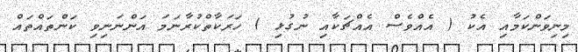
މިނިވަންކަމާއި އެކު ( އެއްވެސް އެއްޗަކާއި ނުގުޅި ) ހަރަކާތްކުރާނަމަ އަންނަނިވި ކަންތައްތައް